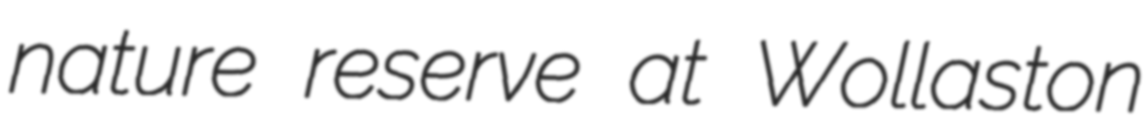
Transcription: nature reserve at Wollaston